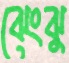
ঝেংঝু